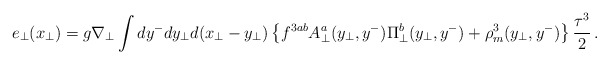
\begin{align*}e_{\bot} (x_{\bot}) = g \nabla_{\bot}\int dy^{-}dy_{\bot}d(x_{\bot} - y_{\bot})\left \{ f^{3ab} A^a_{\bot}(y_{\bot}, y^-) \Pi^b_{\bot}(y_{\bot}, y^-) + \rho^3_m(y_{\bot}, y^-) \right \} \frac{\tau^3}{2} \, .\end{align*}